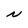
Character: N